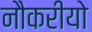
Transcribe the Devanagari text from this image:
नौकरीयो